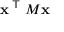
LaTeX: \mathbf { x } ^ { \textsf { T } } M \mathbf { x }